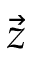
\vec { z }